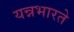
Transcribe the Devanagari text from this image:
यन्नभारते